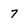
Character: 7